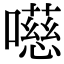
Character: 㘂